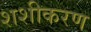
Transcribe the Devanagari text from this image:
शशीकरण